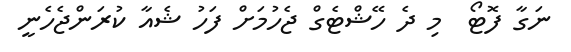
ނަގާ ފޮޓޯ  މި ދެ ހޭޝްޓެގް ޖެހުމަށް ފަހު ޝެއާ ކުރަންޖެހެނީ